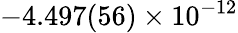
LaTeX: -4.497(56)\times 10^{-12}